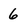
Character: 6